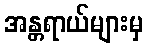
အန္တရာယ်များမှ